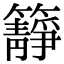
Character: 𥶹